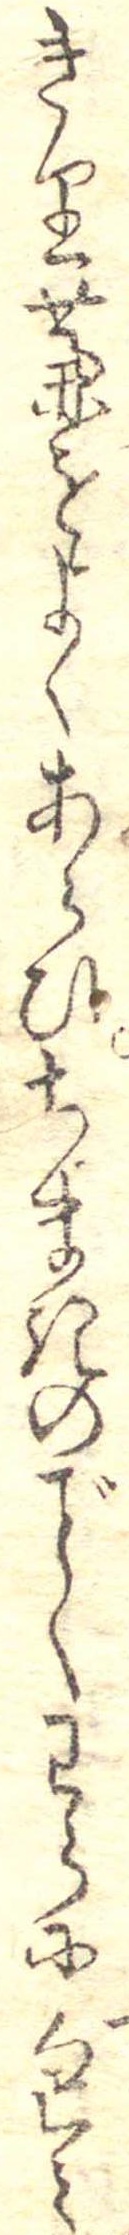
きり藁をよくあらひちまきのくわらに包み